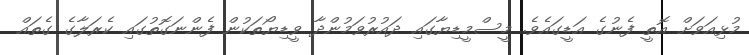
މުޅިއަވަށް އޮތީ ފެނުގެ އަޑީގައެވެ. މީސްމީޑިޔާގައި ދައުރުވަމުންދާ ވީޑިޔޯތަކުން ފެންނަގޮތުގައި ކެރަލާގެ ގެތައް